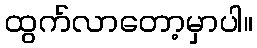
ထွက်လာတော့မှာပါ။